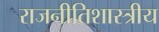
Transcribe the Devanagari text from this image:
राजनीतिशास्त्रीय